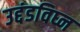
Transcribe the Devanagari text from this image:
उद्दंडविघ्न